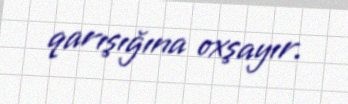
qarışığına oxşayır.